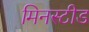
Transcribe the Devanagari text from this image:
मिनस्टीड